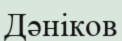
Дәніков